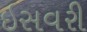
ઇસવરી